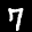
Label: 7